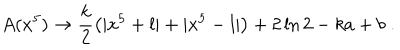
LaTeX: A ( x ^ { 5 } ) \rightarrow \frac { k } { 2 } \left( | x ^ { 5 } + l | + | x ^ { 5 } - l | \right) + 2 \ln 2 - k a + b \; .